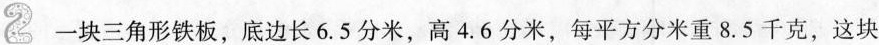
2 一块三角形铁板，底边长6.5分米，高4.6分米，每平方分米重8.5千克，这块